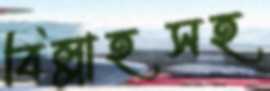
বিল্লাহসহ